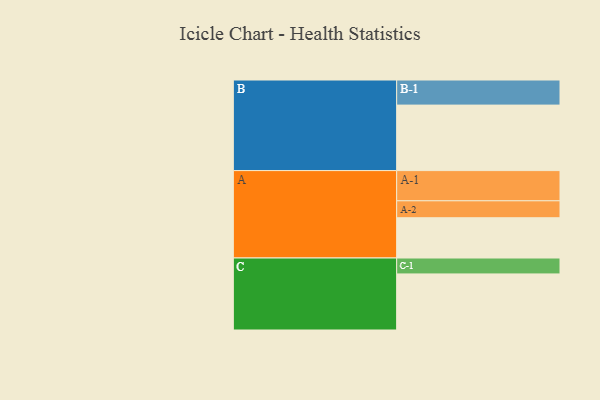
{"axis": {"x": "Segment", "y": "Value"}, "legend": ["", "A", "B", "C"], "data": [{"x": "A", "y": 316, "type": ""}, {"x": "B", "y": 514, "type": ""}, {"x": "C", "y": 440, "type": ""}, {"x": "A-1", "y": 237, "type": "A"}, {"x": "A-2", "y": 133, "type": "A"}, {"x": "B-1", "y": 197, "type": "B"}, {"x": "C-1", "y": 125, "type": "C"}]}